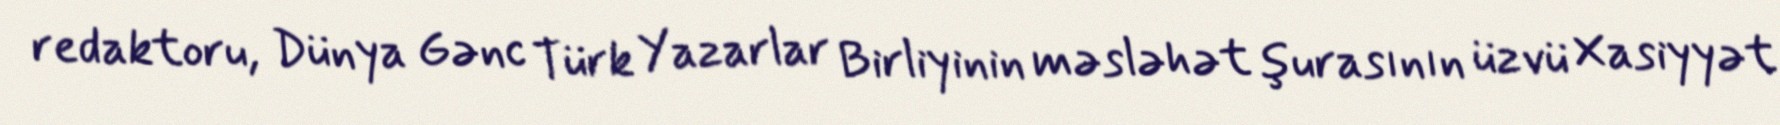
redaktoru, Dünya Gənc Türk Yazarlar Birliyinin məsləhət şurasının üzvü Xasiyyət